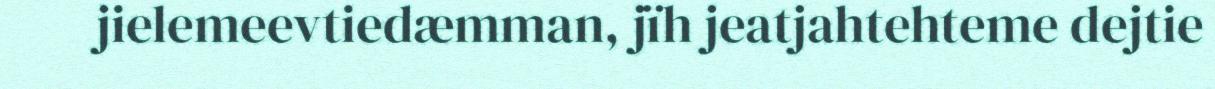
jielemeevtiedæmman, jïh jeatjahtehteme dejtie